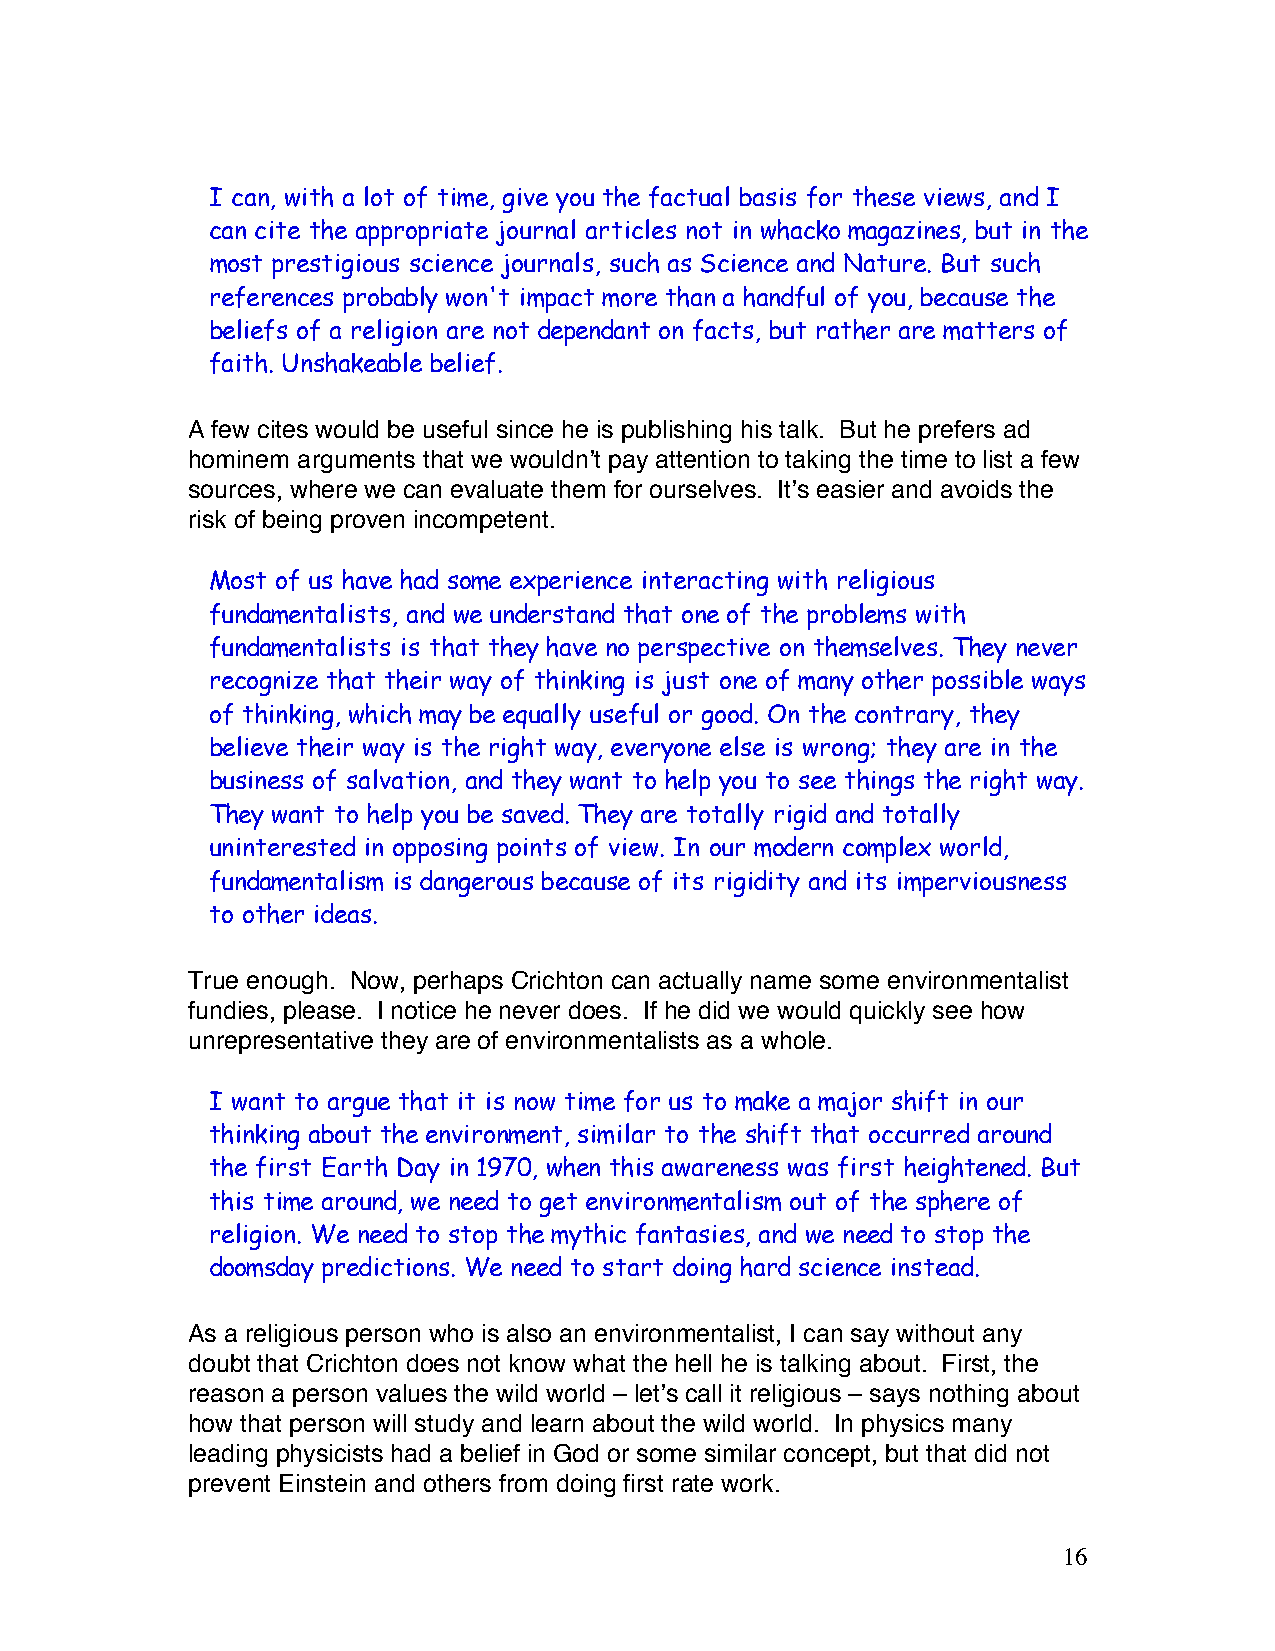
I can, with a lot of time, give you the factual basis for these views, and I
 can cite the appropriate journal articles not in whacko magazines, but in the
 most prestigious science journals, such as Science and Nature. But such
 references probably won't impact more than a handful of you, because the
 beliefs of a religion are not dependant on facts, but rather are matters of
 faith. Unshakeable belief.
 A few cites would be useful since he is publishing his talk. But he prefers ad
 hominem arguments that we wouldnʼt pay attention to taking the time to list a few
 sources, where we can evaluate them for ourselves. Itʼs easier and avoids the
 risk of being proven incompetent.
 Most of us have had some experience interacting with religious
 fundamentalists, and we understand that one of the problems with
 fundamentalists is that they have no perspective on themselves. They never
 recognize that their way of thinking is just one of many other possible ways
 of thinking, which may be equally useful or good. On the contrary, they
 believe their way is the right way, everyone else is wrong; they are in the
 business of salvation, and they want to help you to see things the right way.
 They want to help you be saved. They are totally rigid and totally
 uninterested in opposing points of view. In our modern complex world,
 fundamentalism is dangerous because of its rigidity and its imperviousness
 to other ideas.
 True enough. Now, perhaps Crichton can actually name some environmentalist
 fundies, please. I notice he never does. If he did we would quickly see how
 unrepresentative they are of environmentalists as a whole.
 I want to argue that it is now time for us to make a major shift in our
 thinking about the environment, similar to the shift that occurred around
 the first Earth Day in 1970, when this awareness was first heightened. But
 this time around, we need to get environmentalism out of the sphere of
 religion. We need to stop the mythic fantasies, and we need to stop the
 doomsday predictions. We need to start doing hard science instead.
 As a religious person who is also an environmentalist, I can say without any
 doubt that Crichton does not know what the hell he is talking about. First, the
 reason a person values the wild world – letʼs call it religious – says nothing about
 how that person will study and learn about the wild world. In physics many
 leading physicists had a belief in God or some similar concept, but that did not
 prevent Einstein and others from doing first rate work.
 16